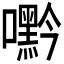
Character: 𭌘